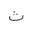
Letter: _tha